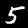
Label: 5